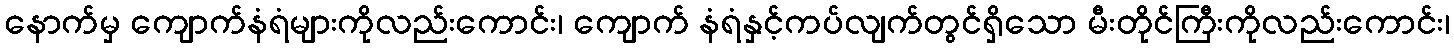
နောက်မှ ကျောက်နံရံများကိုလည်းကောင်း၊ ကျောက် နံရံနှင့်ကပ်လျက်တွင်ရှိသော မီးတိုင်ကြီးကိုလည်းကောင်း၊